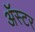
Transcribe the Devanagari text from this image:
ॲस्टर